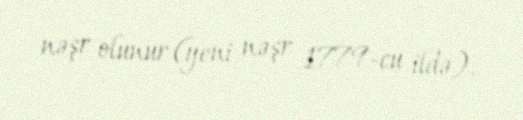
nəşr olunur (yeni nəşr 1779-cu ildə).